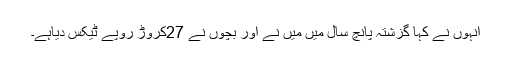
انہوں نے کہا گزشتہ پانچ سال میں میں نے اور بچوں نے 27کروڑ روپے ٹیکس دیاہے۔